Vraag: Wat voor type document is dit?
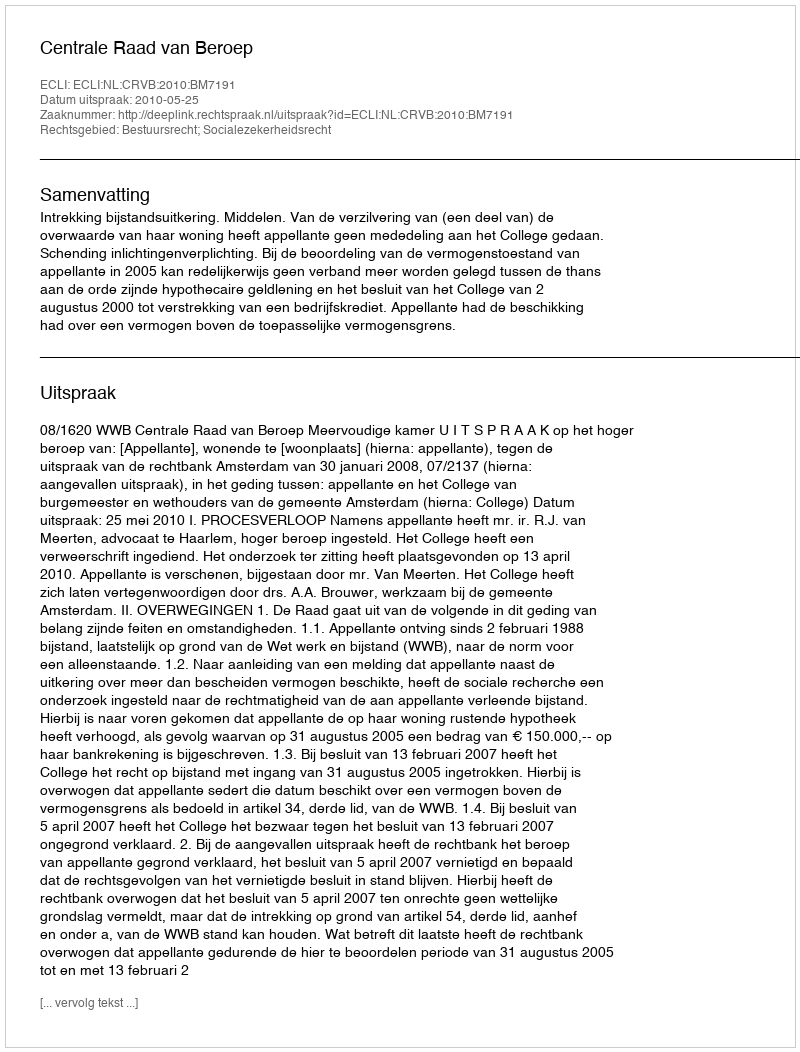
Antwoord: Uitspraak